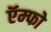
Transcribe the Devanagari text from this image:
ऍम्फो